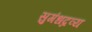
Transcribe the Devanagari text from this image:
सुगंधद्रव्य